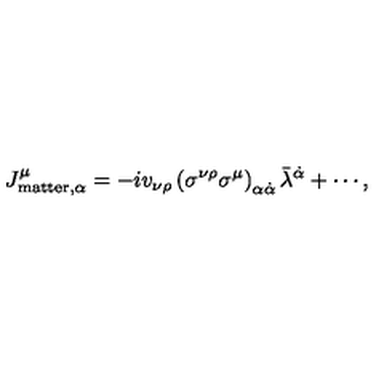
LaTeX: J _ { \mathrm { m a t t e r } , \alpha } ^ { \mu } = - i v _ { \nu \rho } \left( \sigma ^ { \nu \rho } \sigma ^ { \mu } \right) _ { \alpha \dot { \alpha } } \bar { \lambda } ^ { \dot { \alpha } } + \cdots ,